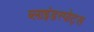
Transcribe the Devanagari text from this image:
ब्लाइंडस्पोट्स